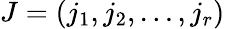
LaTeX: J=(j_{1},j_{2},\dots,j_{r})